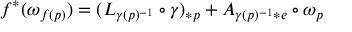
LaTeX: f ^ { * } ( \omega _ { f ( p ) } ) = ( L _ { \gamma ( p ) ^ { - 1 } } \circ \gamma ) _ { * p } + A _ { \gamma ( p ) ^ { - 1 } * e } \circ \omega _ { p }